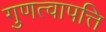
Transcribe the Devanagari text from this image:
गुणत्वापत्ति